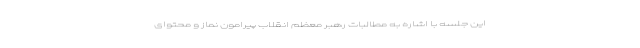
این جلسه با اشاره به مطالبات رهبر معظم انقلاب پیرامون نماز و محتوای